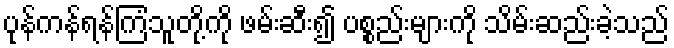
ပုန်ကန်ရန်ကြံသူတို့ကို ဖမ်းဆီး၍ ပစ္စည်းများကို သိမ်းဆည်းခဲ့သည်